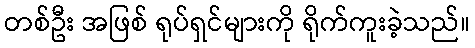
တစ်ဦး အဖြစ် ရုပ်ရှင်များကို ရိုက်ကူးခဲ့သည်။